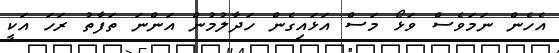
އެހެން ނަމަވެސް ވަޅޯ މަސް އަޅައިގެން ހަދާލުމުން އަންނަ ތަފާތު ރަހަ އަކީ